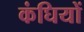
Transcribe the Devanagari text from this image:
कंघियों